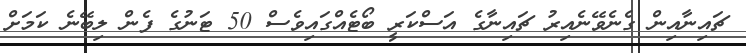
ޗައިނާއިން ގެނެވޭނެއިރު ޗައިނާގެ އަސްކަރީ ބޯޓެއްގައިވެސް 50 ޓަނުގެ ފެން ލިބޭނެ ކަމަށް